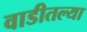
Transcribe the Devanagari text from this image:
वाडीतल्या